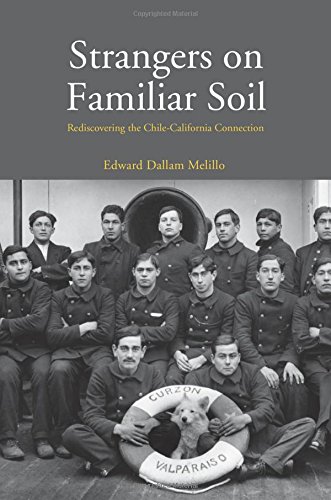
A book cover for Strangers on Familiar Soil: Rediscovering the Chile-California Connection (Yale Agrarian Studies Series); Edward Dallam Melillo; History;